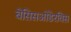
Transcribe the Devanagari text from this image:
बेसिसओंडेरविस